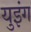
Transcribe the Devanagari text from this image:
युइंग